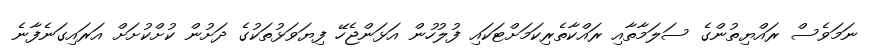
ނަމަވެސް ރައްޔިތުންގެ ސަލަމާތާއި ރައްކާތެރިކަމަށްޓަކައި ފުލުހުން އަޅަންޖެހޭ ފިޔަވަޅުތަކުގެ ދަށުން ކުށްކުށަށް އަރައިގަނެފާނެ